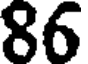
86